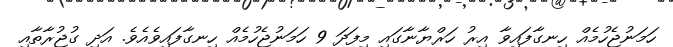
ހަމަނުޖެހުމެއް ހިނގާފައިވާ އިރު ހަރްޔާނާގައި މިފަދަ 9 ހަމަނުޖެހުމެއް ހިނގާފައިވެއެވެ. އަދި ގުޖުރާތާއި